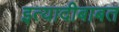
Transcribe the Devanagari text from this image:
इत्यादीबाबत